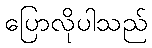
ပြောလိုပါသည်